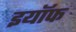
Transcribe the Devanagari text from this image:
इयॉफ